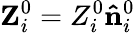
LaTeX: {\mathbf Z}_{i}^{0}=Z_{i}^{0}{\mathbf{\hat{n}}}_{i}^{0}